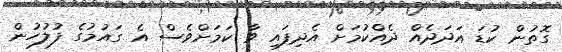
ގޮތުން ކުޑަ އަދަދެއް ދެއްކުމަށް އެދިފައި ވާ ކަމަށްވެސް އެ ގައުމުގެ ފުލުހުން